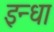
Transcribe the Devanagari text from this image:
इन्धा